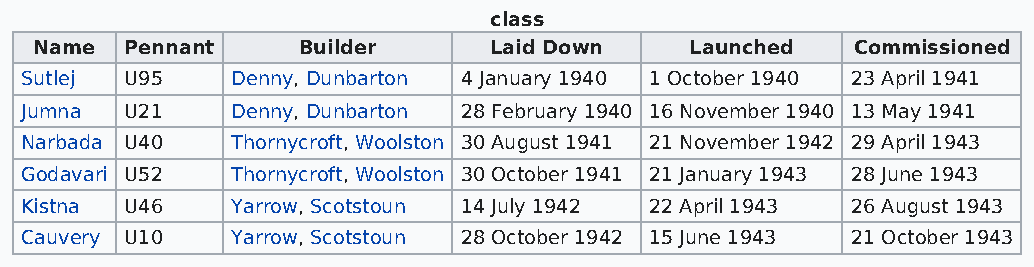
class
 Name  Pennant     Builder     Laid Down     Launched  Commissioned
 Sutlej U95    Denny, Dunbarton 4 January 1940 1 October 1940 23 April 1941
 Jumna  U21    Denny, Dunbarton 28 February 1940 16 November 1940 13 May 1941
 Narbada U40   Thornycroft, Woolston 30 August 1941 21 November 1942 29 April 1943
 Godavari U52  Thornycroft, Woolston 30 October 1941 21 January 1943 28 June 1943
 Kistna U46    Yarrow, Scotstoun 14 July 1942 22 April 1943 26 August 1943
 Cauvery U10   Yarrow, Scotstoun 28 October 1942 15 June 1943 21 October 1943